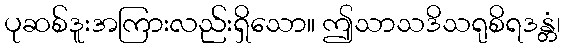
ပုဆစ်ဒူးအကြားလည်းရှိသော။ ဤသာသဒိသရုစိရဒန္တံ၊